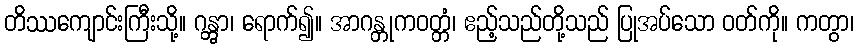
တိဿကျောင်းကြီးသို့။ ဂန္တွာ၊ ရောက်၍။ အာဂန္တုကဝတ္တံ၊ ဧည့်သည်တို့သည် ပြုအပ်သော ဝတ်ကို။ ကတွာ၊